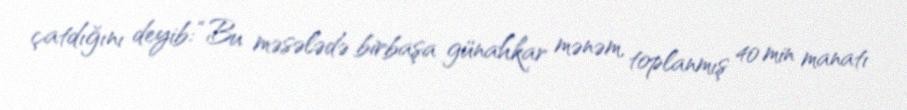
çatdığını deyib: “Bu məsələdə birbaşa günahkar mənəm, toplanmış 40 min manatı